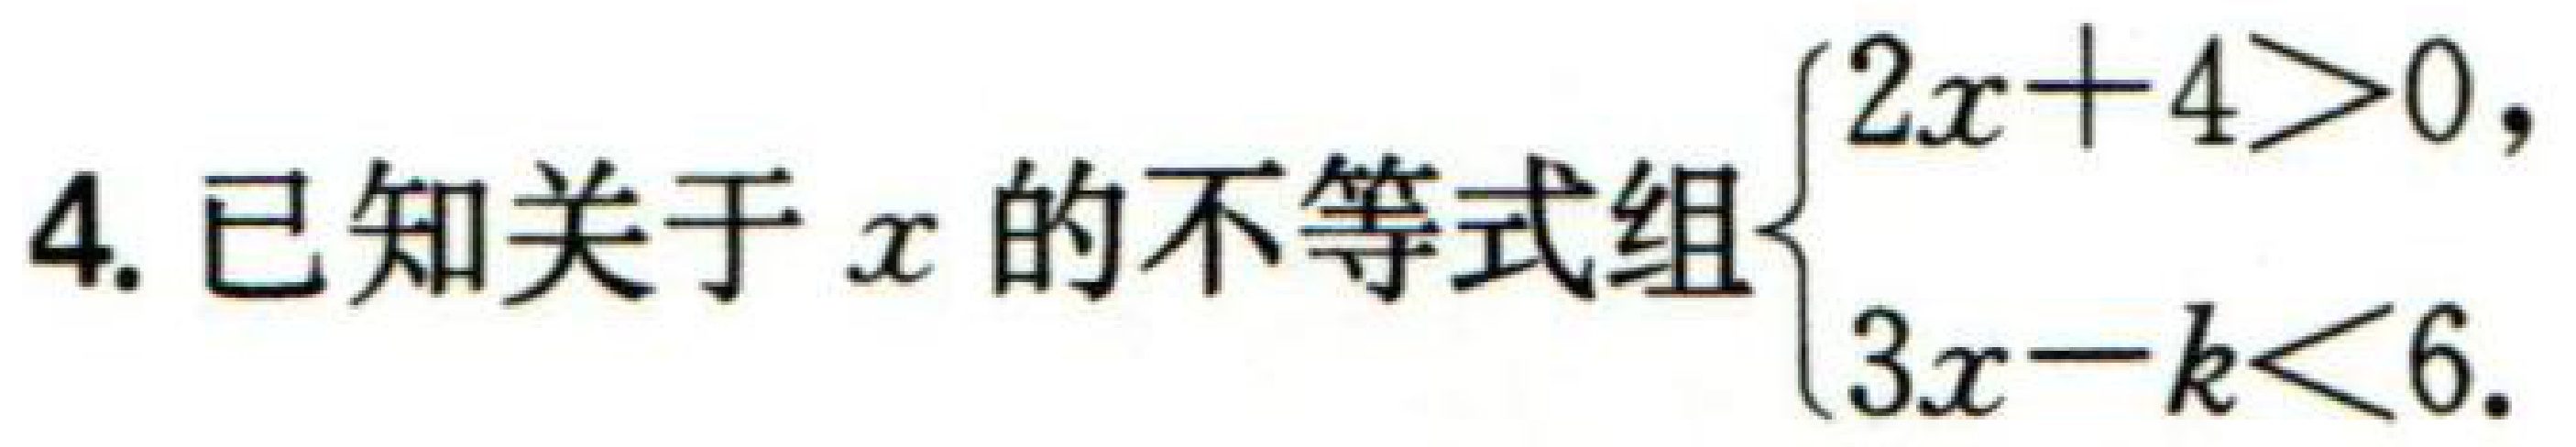
4. 已知关于\(x\)的不等式组\(\begin{cases}2x + 4>0, \\ 3x - k<6. \end{cases}\)